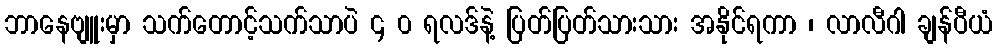
ဘာနေဗျူးမှာ သက်တောင့်သက်သာပဲ ၄ ၀ ရလဒ်နဲ့ ပြတ်ပြတ်သားသား အနိုင်ရကာ ၊ လာလီဂါ ချန်ပီယံ